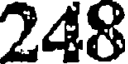
248